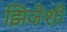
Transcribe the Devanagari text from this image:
झिजेशी